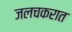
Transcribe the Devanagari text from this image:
जलचकरात